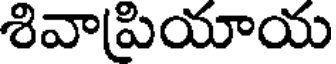
శివాప్రియాయ